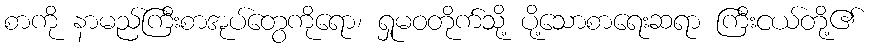
စာကို နာမည်ကြီးစာအုပ်တွေကိုရော၊ ရှုမဝတိုက်သို့ ပို့သောစာရေးဆရာ ကြီးငယ်တို့၏